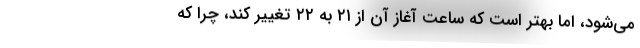
می‌شود، اما بهتر است که ساعت آغاز آن از ۲۱ به ۲۲ تغییر کند، چرا که